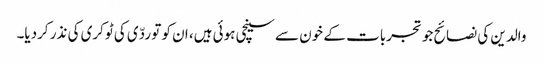
والدین کی نصائح جو تجربات کے خون سے سینچی ہوئی ہیں، ان کو تو ردّی کی ٹوکری کی نذر کردیا۔